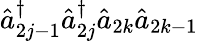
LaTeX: \hat{a}_{2j-1}^{\dagger}\hat{a}_{2j}^{\dagger}\hat{a}_{2k}\hat{a}_{2k-1}